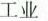
工业